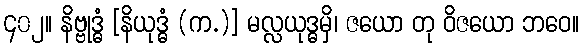
၄၀၂။ နိဗ္ဗုဒ္ဓံ [နိယုဒ္ဓံ (က.)] မလ္လယုဒ္ဓမှိ၊ ဇယော တု ဝိဇယော ဘဝေ။